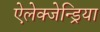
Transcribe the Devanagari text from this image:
ऐलेक्जेन्ड्रिया